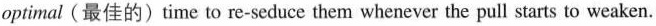
optimal ( 最佳的) time to re-seduce them whenever the pull starts to weaken.